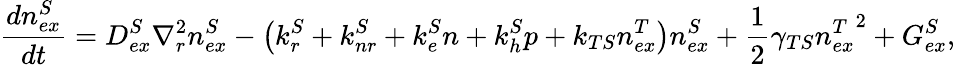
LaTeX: \frac{dn_{ex}^{S}}{dt}=D_{ex}^{S}\nabla_{r}^{2}n_{ex}^{S}-\left(k_{r}^{S}+k_{nr}^{S}+k_{e}^{S}n+k_{h}^{S}p+k_{TS}n_{ex}^{T}\right)n_{ex}^{S}+\frac{1}{2}\gamma_{TS}{n_{ex}^{T}}^{2}+G_{ex}^{S},